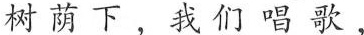
树荫下，我们唱歌，